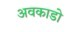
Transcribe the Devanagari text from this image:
अवकाडाे